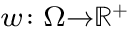
\scriptstyle w \colon \Omega \to \mathbb { R } ^ { + }